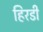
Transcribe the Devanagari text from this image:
हिरडी